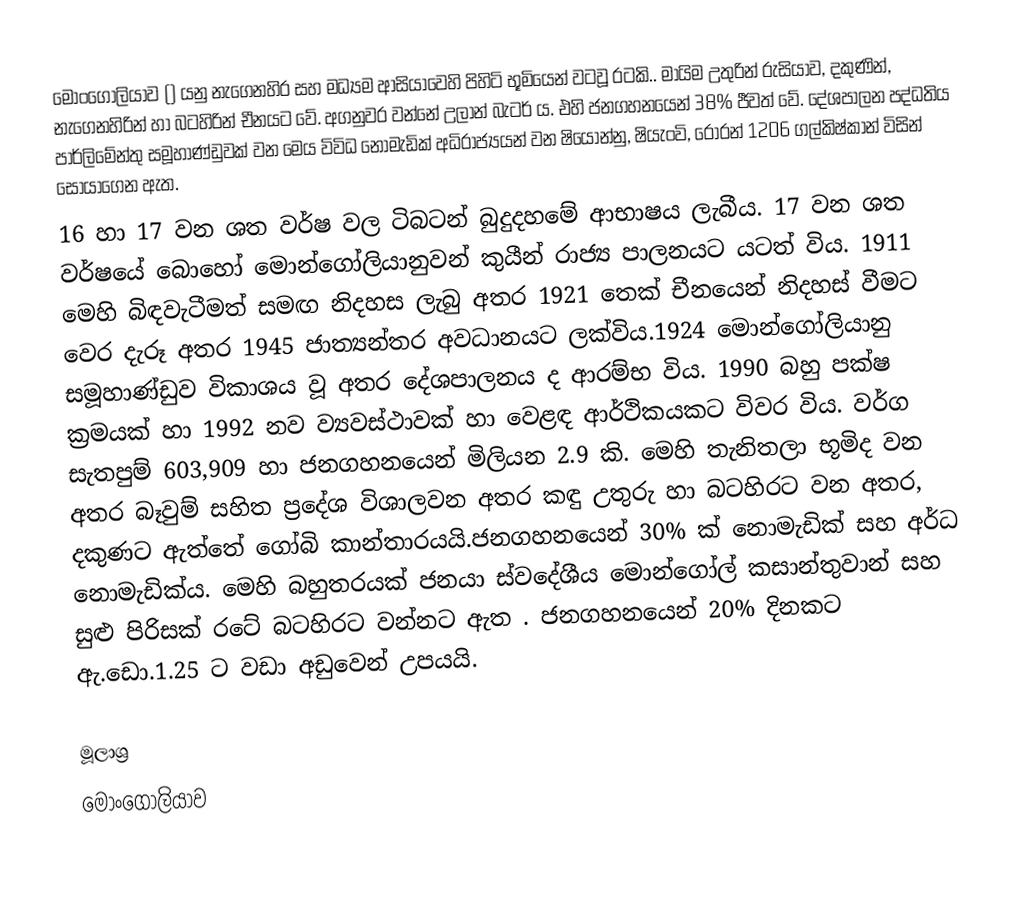
මොංගෝලියාව  () යනු  නැගෙනහිර සහ මධ්‍යම ආසියාවෙහි පිහිටි භූමියෙන් වටවූ රටකි.. මායිම උතුරින් රුසියාව, දකුණින්, නැගෙනහිරින් හා බටහිරින් චීනයට වේ. අගනුවර වන්නේ උලාන් බැටර් ය. එහි ජනගහනයෙන් 38% ජීවත් වේ. දේශපාලන පද්ධතිය පාර්ලිමේන්තු සමූහාණ්ඩුවක් වන මෙය විවිධ නොමැඩික් අධිරාජ්‍යයන් වන ෂියොන්නු, ෂියැංවි, රෝරන් 1206 ගල්කිෂ්කාන්  විසින් සොයාගෙන ඇත.
16 හා 17 වන ශත වර්ෂ වල  ටිබටන්  බුදුදහමේ ආභාෂය ලැබීය. 17 වන ශත වර්ෂයේ බොහෝ මොන්ගෝලියානුවන් කුයීන් රාජ්‍ය පාලනයට යටත් විය.  1911 මෙහි බිඳවැටීමත් සමඟ නිදහස ලැබු අතර 1921 තෙක් චීනයෙන් නිදහස් වීමට වෙර දැරූ අතර 1945 ජාත්‍යන්තර අවධානයට ලක්විය.1924 මොන්ගෝලියානු සමූහාණ්ඩුව විකාශය වූ අතර  දේශපාලනය ද ආරම්භ විය. 1990  බහු පක්ෂ ක්‍රමයක් හා 1992 නව ව්‍යවස්ථාවක් හා වෙළඳ ආර්ථිකයකට විවර විය.  වර්ග සැතපුම් 603,909 හා ජනගහනයෙන් මිලියන 2.9 කි. මෙහි තැනිතලා භූමිද වන අතර බෑවුම්  සහිත ප්‍රදේශ විශාලවන අතර කඳු උතුරු හා බටහිරට වන අතර, දකු‍ණට ඇත්තේ ගෝබි කාන්තාරයයි.ජනගහනයෙන් 30% ක්  නොමැඩික් සහ අර්ධ නොමැඩික්ය. මෙහි බහුතරයක් ජනයා ස්වදේශීය මොන්ගෝල් කසාන්තුවාන් සහ සුළු පිරිසක් රටේ බටහිරට වන්නට ඇත . ජනගහනයෙන් 20% දිනකට ඇ.ඩො.1.25 ට වඩා අඩුවෙන් උපයයි.

මූලාශ්‍ර
මොංගෝලියාව